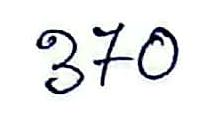
370